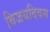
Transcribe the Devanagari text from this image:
विजयदिवस